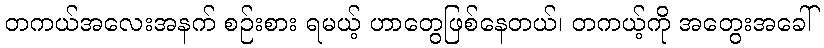
တကယ်အလေးအနက် စဉ်းစား ရမယ့် ဟာတွေဖြစ်နေတယ်၊ တကယ့်ကို အတွေးအခေါ်